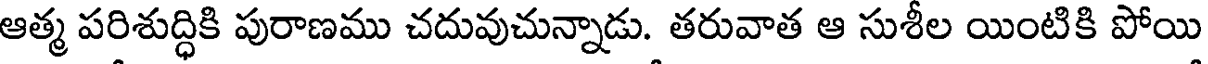
ఆత్మ పరిశుద్ధికి పురాణము చదువుచున్నాడు. తరువాత ఆ సుశీల యింటికి పోయి